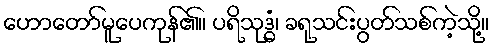
ဟောတော်မူပေကုန်၏။ ပရိသုဒ္ဓံ၊ ခရုသင်းပွတ်သစ်ကဲ့သို့။